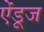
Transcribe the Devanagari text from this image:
ऐंडूज